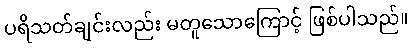
ပရိသတ်ချင်းလည်း မတူသောကြောင့် ဖြစ်ပါသည်။